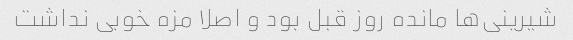
شیرینی‌ها مانده روز قبل بود و اصلا مزه خوبی نداشت